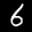
Label: 6